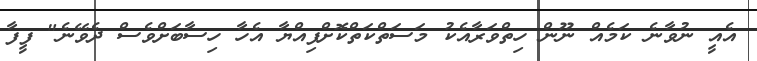
އެއީ ނުވާނެ ކަމެއް ނޫން ހިތްވަރާއެކު މަސަތްކަތްކޮށްފިއްޔާ އެހާ ހިސާބަށްވެސް ދެވޭނެ" ފީފާ